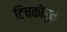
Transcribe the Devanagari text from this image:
टिचकीरून